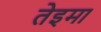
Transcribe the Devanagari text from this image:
तेइमा